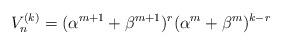
LaTeX: \begin{align*}V_{n}^{(k)}=(\alpha ^{m+1}+\beta ^{m+1})^{r}(\alpha ^{m}+\beta ^{m})^{k-r}\end{align*}